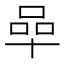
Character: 𠵀